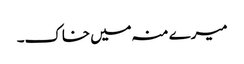
میرے منہ میں خاک۔